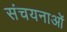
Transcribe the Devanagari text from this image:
संचयनाओं